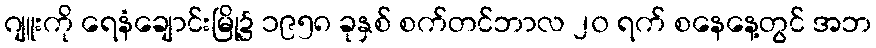
ဂျူးကို ရေနံချောင်းမြို့၌ ၁၉၅၈ ခုနှစ် စက်တင်ဘာလ ၂၀ ရက် စနေနေ့တွင် အဘ